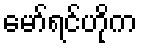
မော်ရင်ဟိုက